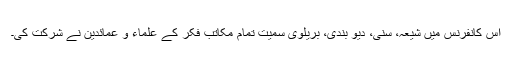
اس کانفرنس میں شیعہ، سنی، دیو بندی، بریلوی سمیت تمام مکاتب فکر کے علماء و عمائدین نے شرکت کی۔